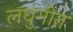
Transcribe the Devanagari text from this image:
लघुगीत